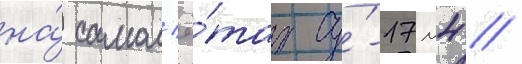
на́ самол'ё́тах су́-17м4 //